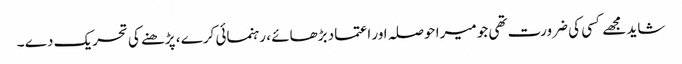
شاید مجھے کسی کی ضرورت تھی جو میرا حوصلہ اور اعتماد بڑھائے ، رہنمائی کرے ، پڑھنے کی تحریک دے ۔